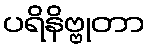
ပရိနိဗ္ဗုတာ